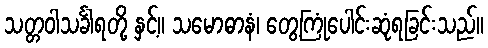
သတ္တဝါသင်္ခါရတို့ နှင့်။ သမောဓာနံ၊ တွေ့ကြုံပေါင်းဆုံရခြင်းသည်။